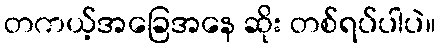
တကယ့်အခြေအနေ ဆိုး တစ်ရပ်ပါပဲ။